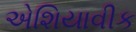
એશિયાવીક